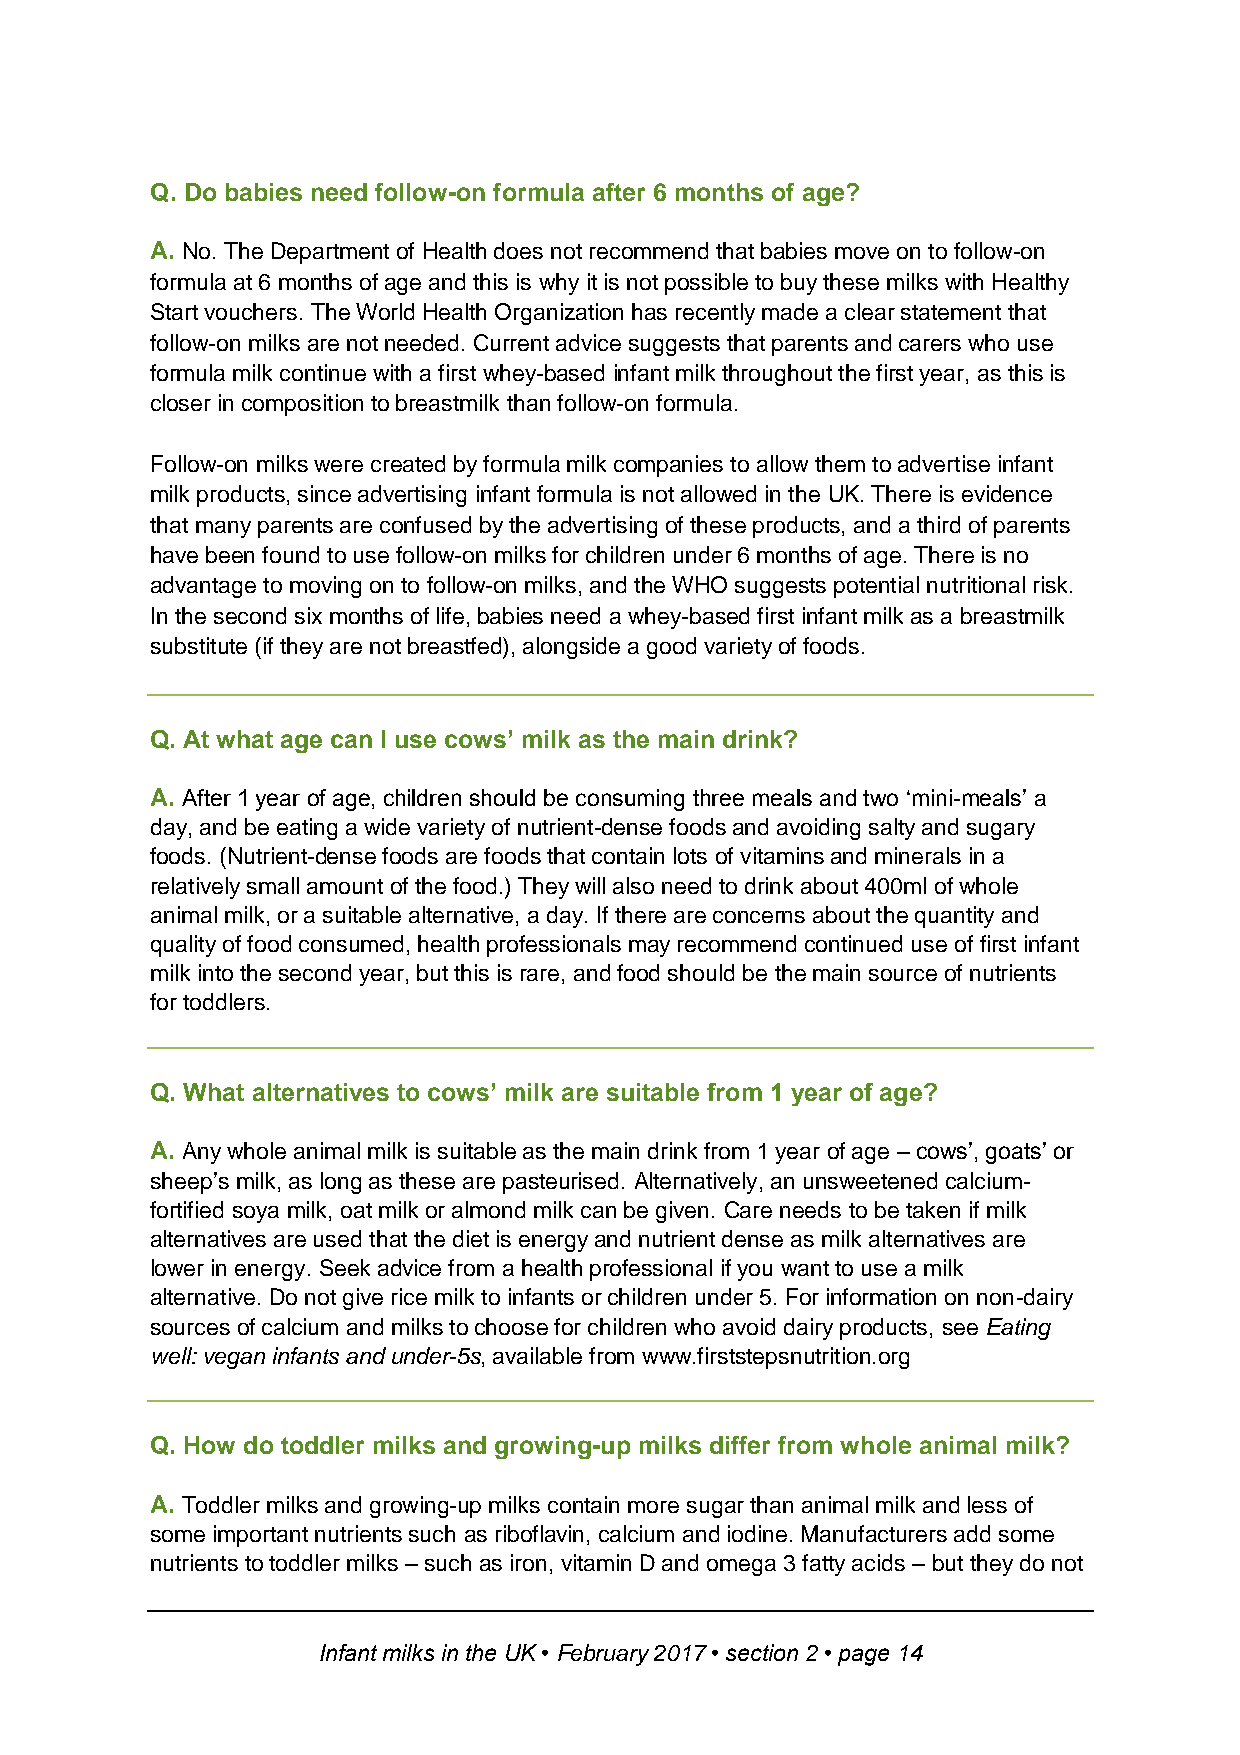
Q. Do babies need follow-on formula after 6 months of age?
 A. No. The Department of Health does not recommend that babies move on to follow-on
 formula at 6 months of age and this is why it is not possible to buy these milks with Healthy
 Start vouchers. The World Health Organization has recently made a clear statement that
 follow-on milks are not needed. Current advice suggests that parents and carers who use
 formula milk continue with a first whey-based infant milk throughout the first year, as this is
 closer in composition to breastmilk than follow-on formula.
 Follow-on milks were created by formula milk companies to allow them to advertise infant
 milk products, since advertising infant formula is not allowed in the UK. There is evidence
 that many parents are confused by the advertising of these products, and a third of parents
 have been found to use follow-on milks for children under 6 months of age. There is no
 advantage to moving on to follow-on milks, and the WHO suggests potential nutritional risk.
 In the second six months of life, babies need a whey-based first infant milk as a breastmilk
 substitute (if they are not breastfed), alongside a good variety of foods.
 Q. At what age can I use cows’ milk as the main drink?
 A. After 1 year of age, children should be consuming three meals and two ‘mini-meals’ a
 day, and be eating a wide variety of nutrient-dense foods and avoiding salty and sugary
 foods. (Nutrient-dense foods are foods that contain lots of vitamins and minerals in a
 relatively small amount of the food.) They will also need to drink about 400ml of whole
 animal milk, or a suitable alternative, a day. If there are concerns about the quantity and
 quality of food consumed, health professionals may recommend continued use of first infant
 milk into the second year, but this is rare, and food should be the main source of nutrients
 for toddlers.
 Q. What alternatives to cows’ milk are suitable from 1 year of age?
 A. Any whole animal milk is suitable as the main drink from 1 year of age – cows’, goats’ or
 sheep’s milk, as long as these are pasteurised. Alternatively, an unsweetened calcium-
 fortified soya milk, oat milk or almond milk can be given. Care needs to be taken if milk
 alternatives are used that the diet is energy and nutrient dense as milk alternatives are
 lower in energy. Seek advice from a health professional if you want to use a milk
 alternative. Do not give rice milk to infants or children under 5. For information on non-dairy
 sources of calcium and milks to choose for children who avoid dairy products, see Eating
 well: vegan infants and under-5s, available from www.firststepsnutrition.org
 Q. How do toddler milks and growing-up milks differ from whole animal milk?
 A. Toddler milks and growing-up milks contain more sugar than animal milk and less of
 some important nutrients such as riboflavin, calcium and iodine. Manufacturers add some
 nutrients to toddler milks – such as iron, vitamin D and omega 3 fatty acids – but they do not
 Infant milks in the UK • February 2017 • section 2 • page 14